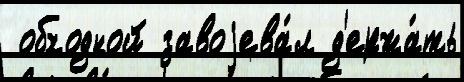
 обходной завоjева́л д'ержа́ть